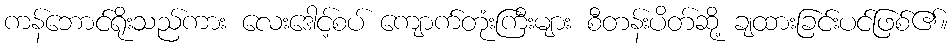
ကန်ဘောင်ရိုးသည်ကား လေးဒေါင့်စပ် ကျောက်တုံးကြီးများ စီတန်းပိတ်ဆို့ ချထားခြင်းပင်ဖြစ်၏။